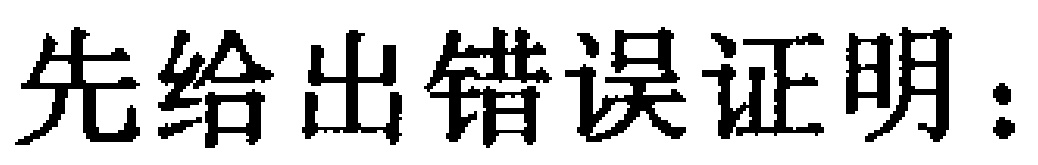
先给出错误证明：